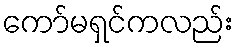
ကော်မရှင်ကလည်း